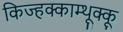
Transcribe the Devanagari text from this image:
किज्हक्काम्थूक्कू